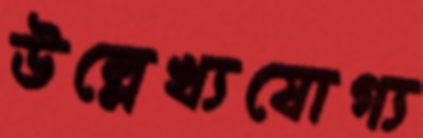
উল্লেখ্যযোগ্য